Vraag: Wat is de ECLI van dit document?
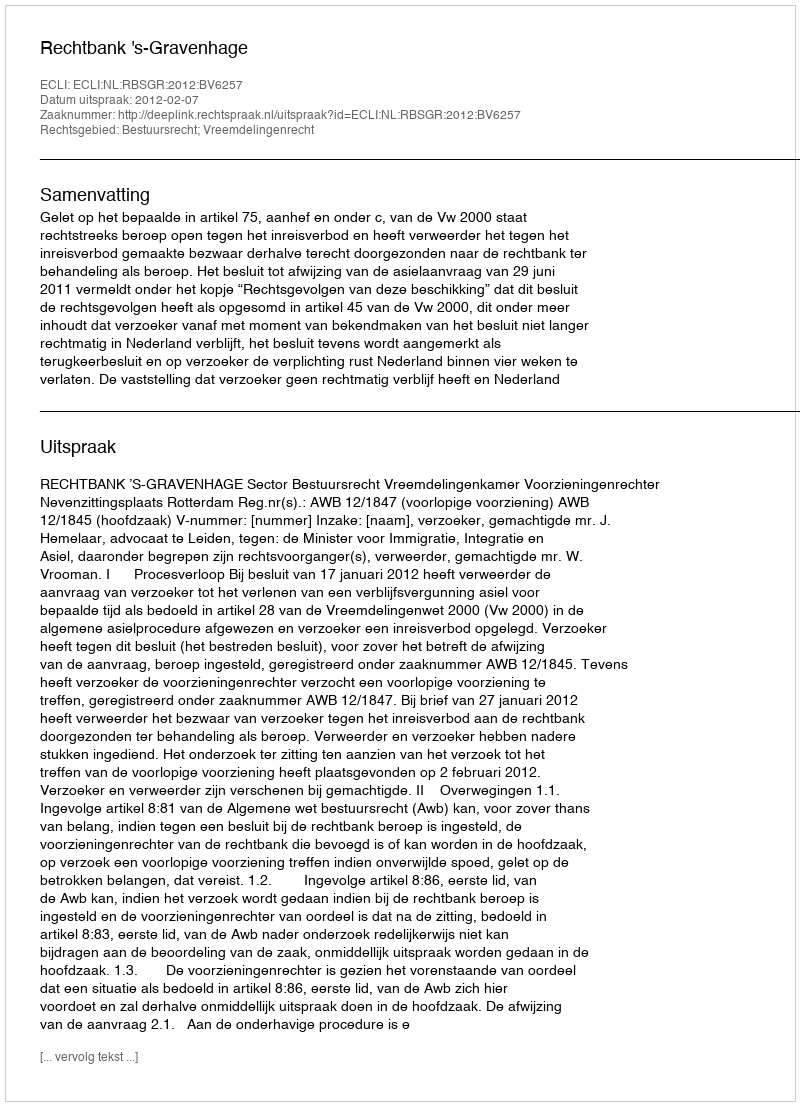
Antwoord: ECLI:NL:RBSGR:2012:BV6257